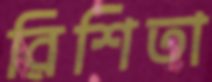
রিশিতা